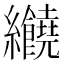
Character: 𦈂